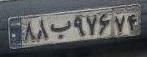
۸۸ب۹۷۶۷۴